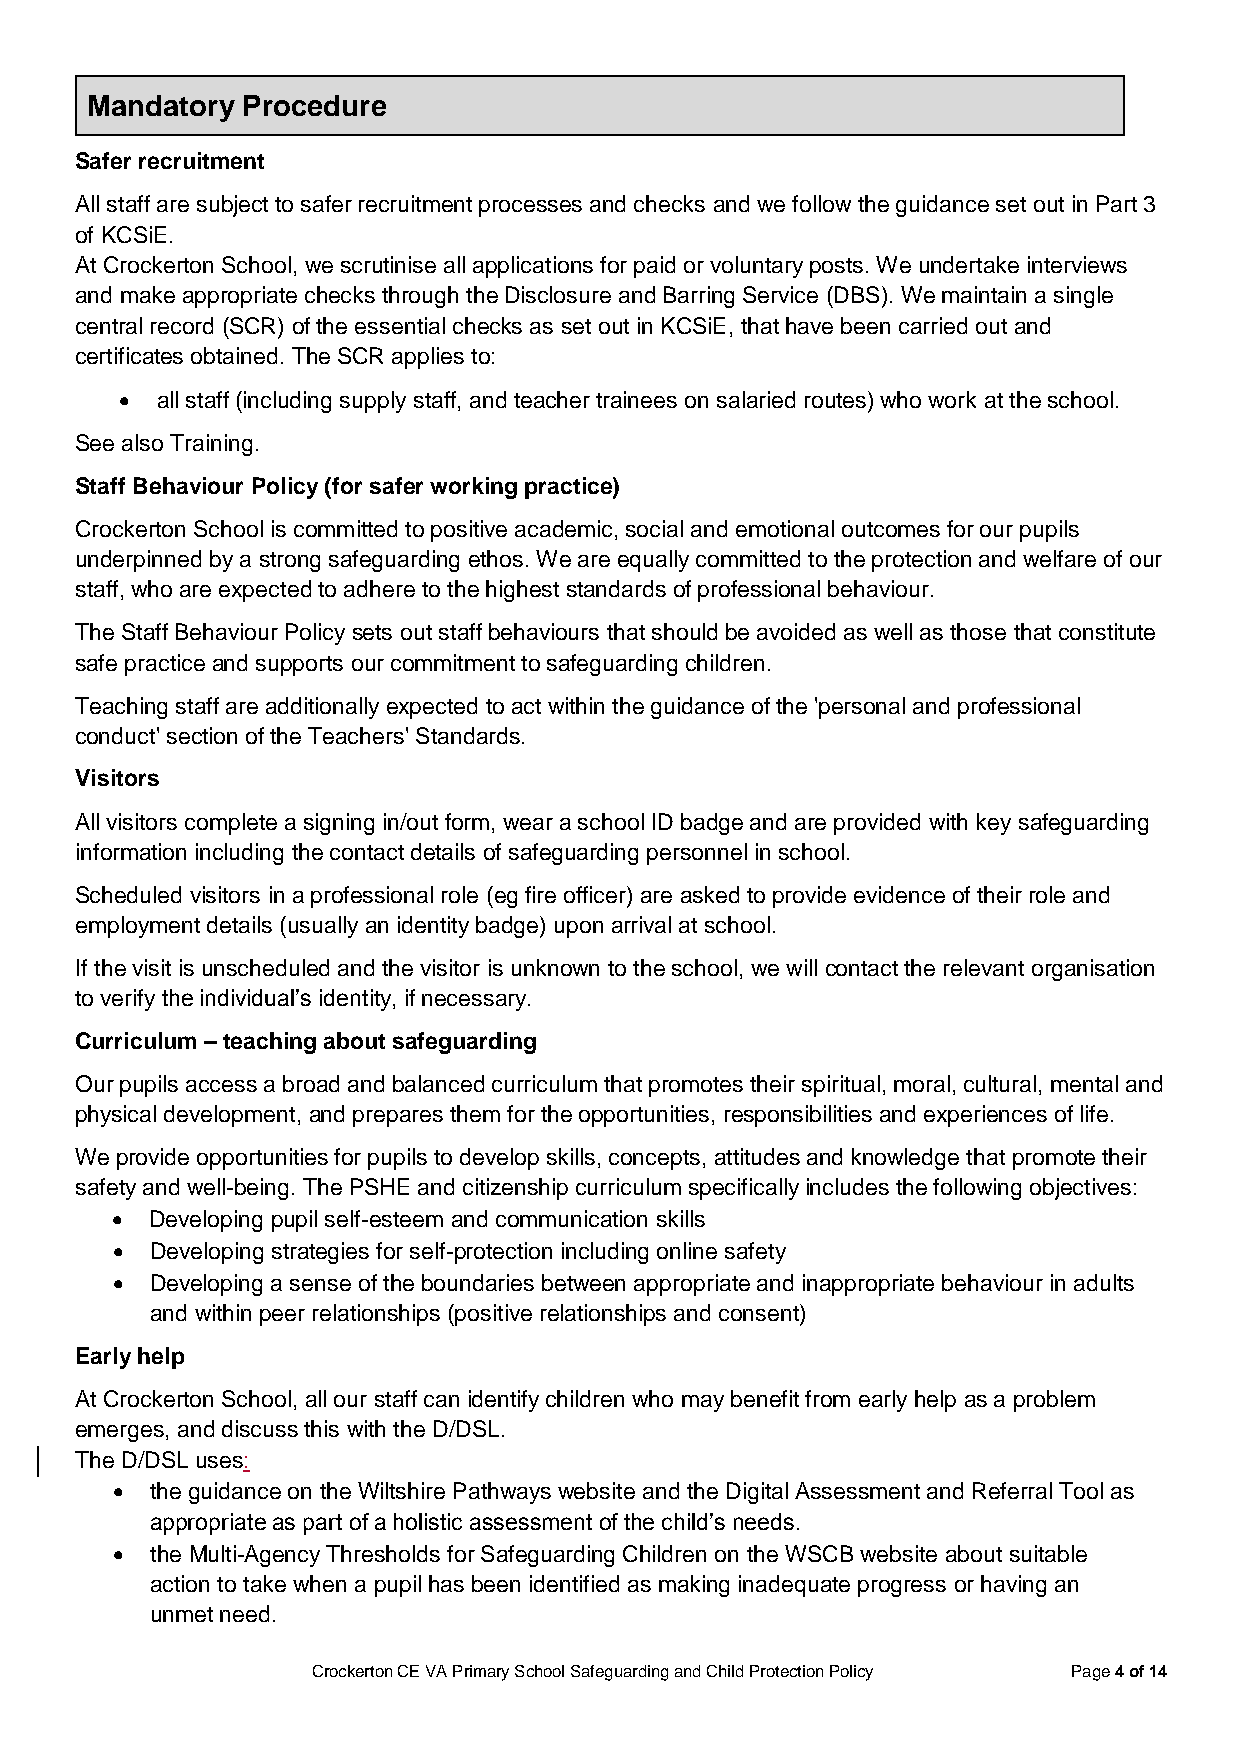
Mandatory Procedure
 Safer recruitment
 All staff are subject to safer recruitment processes and checks and we follow the guidance set out in Part 3
 of KCSiE.
 At Crockerton School, we scrutinise all applications for paid or voluntary posts. We undertake interviews
 and make appropriate checks through the Disclosure and Barring Service (DBS). We maintain a single
 central record (SCR) of the essential checks as set out in KCSiE, that have been carried out and
 certificates obtained. The SCR applies to:
  all staff (including supply staff, and teacher trainees on salaried routes) who work at the school.
 See also Training.
 Staff Behaviour Policy (for safer working practice)
 Crockerton School is committed to positive academic, social and emotional outcomes for our pupils
 underpinned by a strong safeguarding ethos. We are equally committed to the protection and welfare of our
 staff, who are expected to adhere to the highest standards of professional behaviour.
 The Staff Behaviour Policy sets out staff behaviours that should be avoided as well as those that constitute
 safe practice and supports our commitment to safeguarding children.
 Teaching staff are additionally expected to act within the guidance of the 'personal and professional
 conduct' section of the Teachers' Standards.
 Visitors
 All visitors complete a signing in/out form, wear a school ID badge and are provided with key safeguarding
 information including the contact details of safeguarding personnel in school.
 Scheduled visitors in a professional role (eg fire officer) are asked to provide evidence of their role and
 employment details (usually an identity badge) upon arrival at school.
 If the visit is unscheduled and the visitor is unknown to the school, we will contact the relevant organisation
 to verify the individual’s identity, if necessary.
 Curriculum – teaching about safeguarding
 Our pupils access a broad and balanced curriculum that promotes their spiritual, moral, cultural, mental and
 physical development, and prepares them for the opportunities, responsibilities and experiences of life.
 We provide opportunities for pupils to develop skills, concepts, attitudes and knowledge that promote their
 safety and well-being. The PSHE and citizenship curriculum specifically includes the following objectives:
   Developing pupil self-esteem and communication skills
   Developing strategies for self-protection including online safety
   Developing a sense of the boundaries between appropriate and inappropriate behaviour in adults
 and within peer relationships (positive relationships and consent)
 Early help
 At Crockerton School, all our staff can identify children who may benefit from early help as a problem
 emerges, and discuss this with the D/DSL.
 The D/DSL uses:
   the guidance on the Wiltshire Pathways website and the Digital Assessment and Referral Tool as
 appropriate as part of a holistic assessment of the child’s needs.
   the Multi-Agency Thresholds for Safeguarding Children on the WSCB website about suitable
 action to take when a pupil has been identified as making inadequate progress or having an
 unmet need.
 Crockerton CE VA Primary School Safeguarding and Child Protection Policy Page 4 of 14